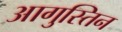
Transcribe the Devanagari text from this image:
आगुस्तिन